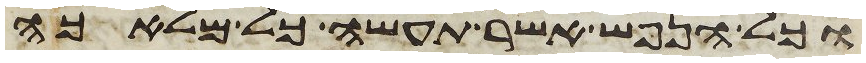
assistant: וכל הנפש אשר תעשה כל מלאכה